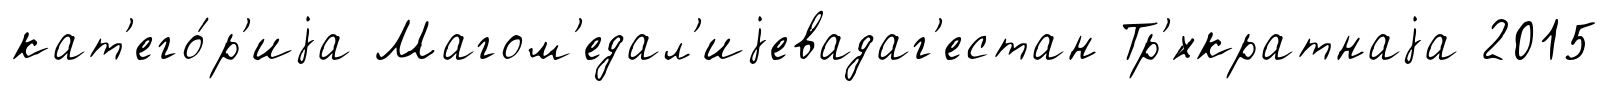
кат'его́р'иjа Магом'едал'иjевадаг'естан Тр'́хкратнаjа 2015